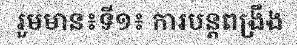
រួមមាន៖ទី១៖ ការបន្តពង្រឹង